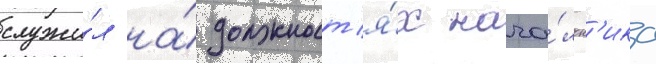
служи́л на́ должност'я́х нача́льн'ика